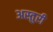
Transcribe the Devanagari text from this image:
अस्तुरी